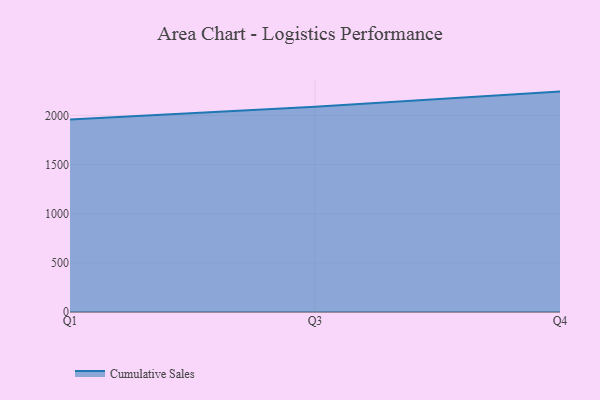
{"axis": {"x": "Quarter", "y": "Latency (ms)"}, "legend": ["Cumulative Sales"], "data": [{"x": "Q1", "y": 1957.3, "type": "Cumulative Sales"}, {"x": "Q3", "y": 2089.3, "type": "Cumulative Sales"}, {"x": "Q4", "y": 2242.4, "type": "Cumulative Sales"}]}